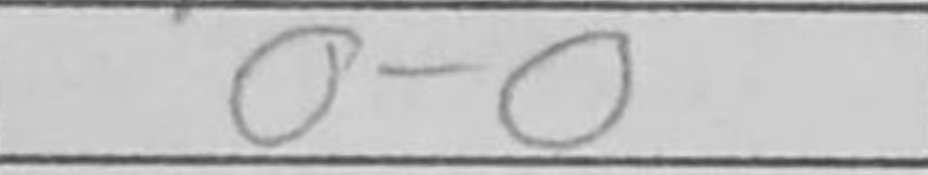
Transcription: O-O